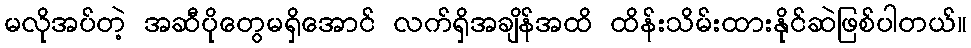
မလိုအပ်တဲ့ အဆီပိုတွေမရှိအောင် လက်ရှိအချိန်အထိ ထိန်းသိမ်းထားနိုင်ဆဲဖြစ်ပါတယ်။